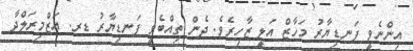
އިންނެވީ ފަނޑިޔާރު މަހާޒް އަލީ ޒާހިރެވެ. ދެން ތިއްބެވީ ފަނޑިޔާރު ޑރ. އަޒްމިރަލްދާ